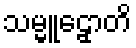
သမ္မူဠှောတိ